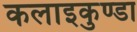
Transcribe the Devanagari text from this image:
कलाइकुण्डा